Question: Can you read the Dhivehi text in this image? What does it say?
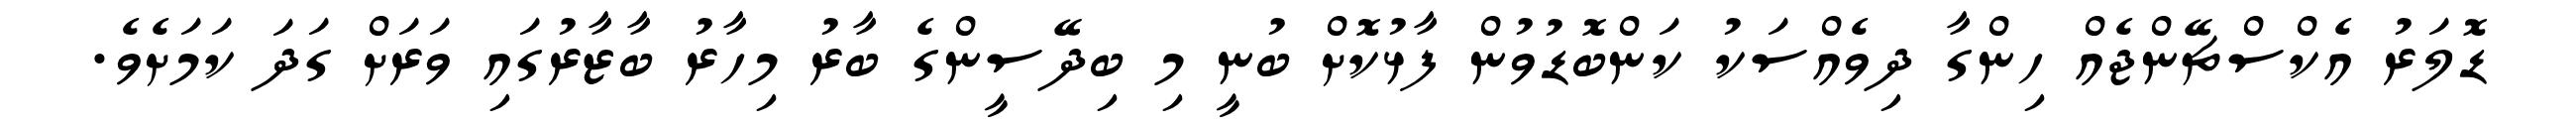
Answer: ޑޮލަރު އެކްސްޗޭންޖެއް ހިންގާ ދިވެއްސަކު ކަންބޮޑުވުން ފާޅުކޮށް ބުނީ މި ބިދޭސީންގެ ބާރު މިހާރު ބާޒާރުގައި ވަރަށް ގަދަ ކަމަށެވެ.